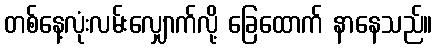
တစ်နေ့လုံးလမ်းလျှောက်လို့ ခြေထောက် နာနေသည်။